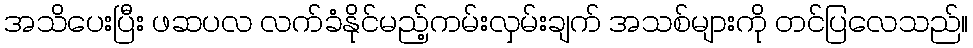
အသိပေးပြီး ဖဆပလ လက်ခံနိုင်မည့်ကမ်းလှမ်းချက် အသစ်များကို တင်ပြလေသည်။